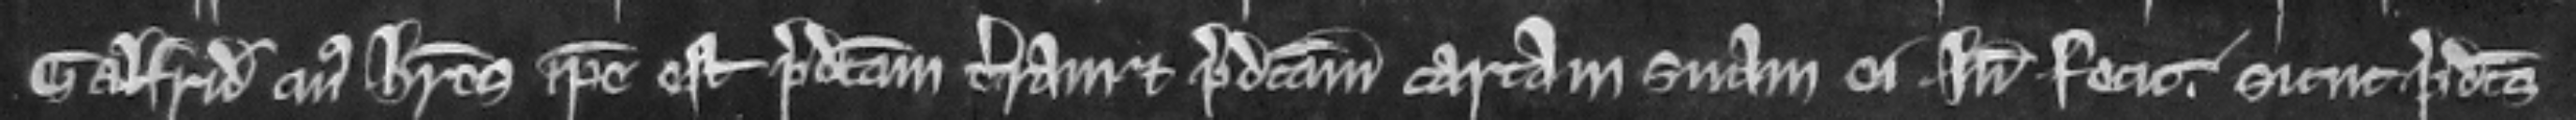
Galfridi cujus heres ipse est predictam terram et predictam cartam suam ei inde fecit sicut predictus